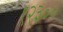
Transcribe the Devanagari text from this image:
१२३००